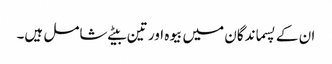
ان کے پسماندگان میں بیوہ اور تین بیٹے شامل ہیں۔